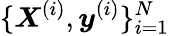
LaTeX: \{ \boldsymbol X^{(i)},\boldsymbol y^{(i)}\} _{i=1}^{N}